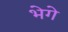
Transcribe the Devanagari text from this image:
भेगे